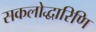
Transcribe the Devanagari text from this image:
सकलोद्धारिणि